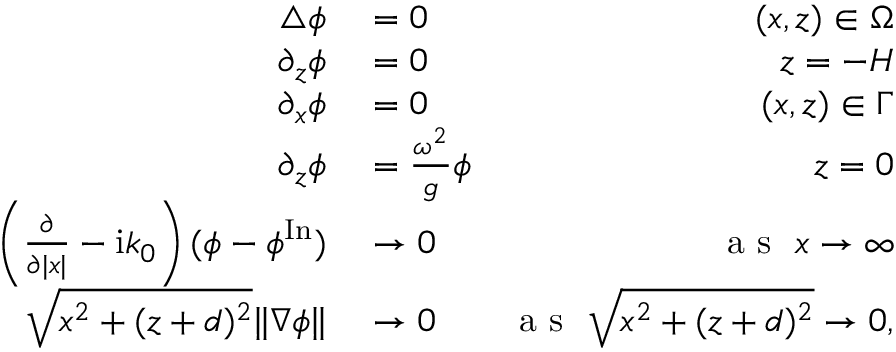
\begin{array} { r l r } { \bigtriangleup \phi } & { { } = 0 } & { ( x , z ) \in \Omega } \\ { \partial _ { z } \phi } & { { } = 0 } & { z = - H } \\ { \partial _ { x } \phi } & { { } = 0 } & { ( x , z ) \in \Gamma } \\ { \partial _ { z } \phi } & { { } = \frac { \omega ^ { 2 } } { g } \phi } & { z = 0 } \\ { \left( \frac { \partial } { \partial | x | } - \mathrm { i } k _ { 0 } \right) ( \phi - \phi ^ { \mathrm { I n } } ) } & { { } \to 0 } & { \mathrm { ~ a ~ s ~ \ } x \to \infty } \\ { \sqrt { x ^ { 2 } + ( z + d ) ^ { 2 } } \| \nabla \phi \| } & { { } \to 0 } & { \mathrm { ~ a ~ s ~ \ } \sqrt { x ^ { 2 } + ( z + d ) ^ { 2 } } \to 0 , } \end{array}